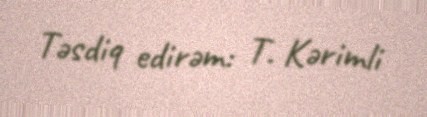
Təsdiq edirəm: T. Kərimli